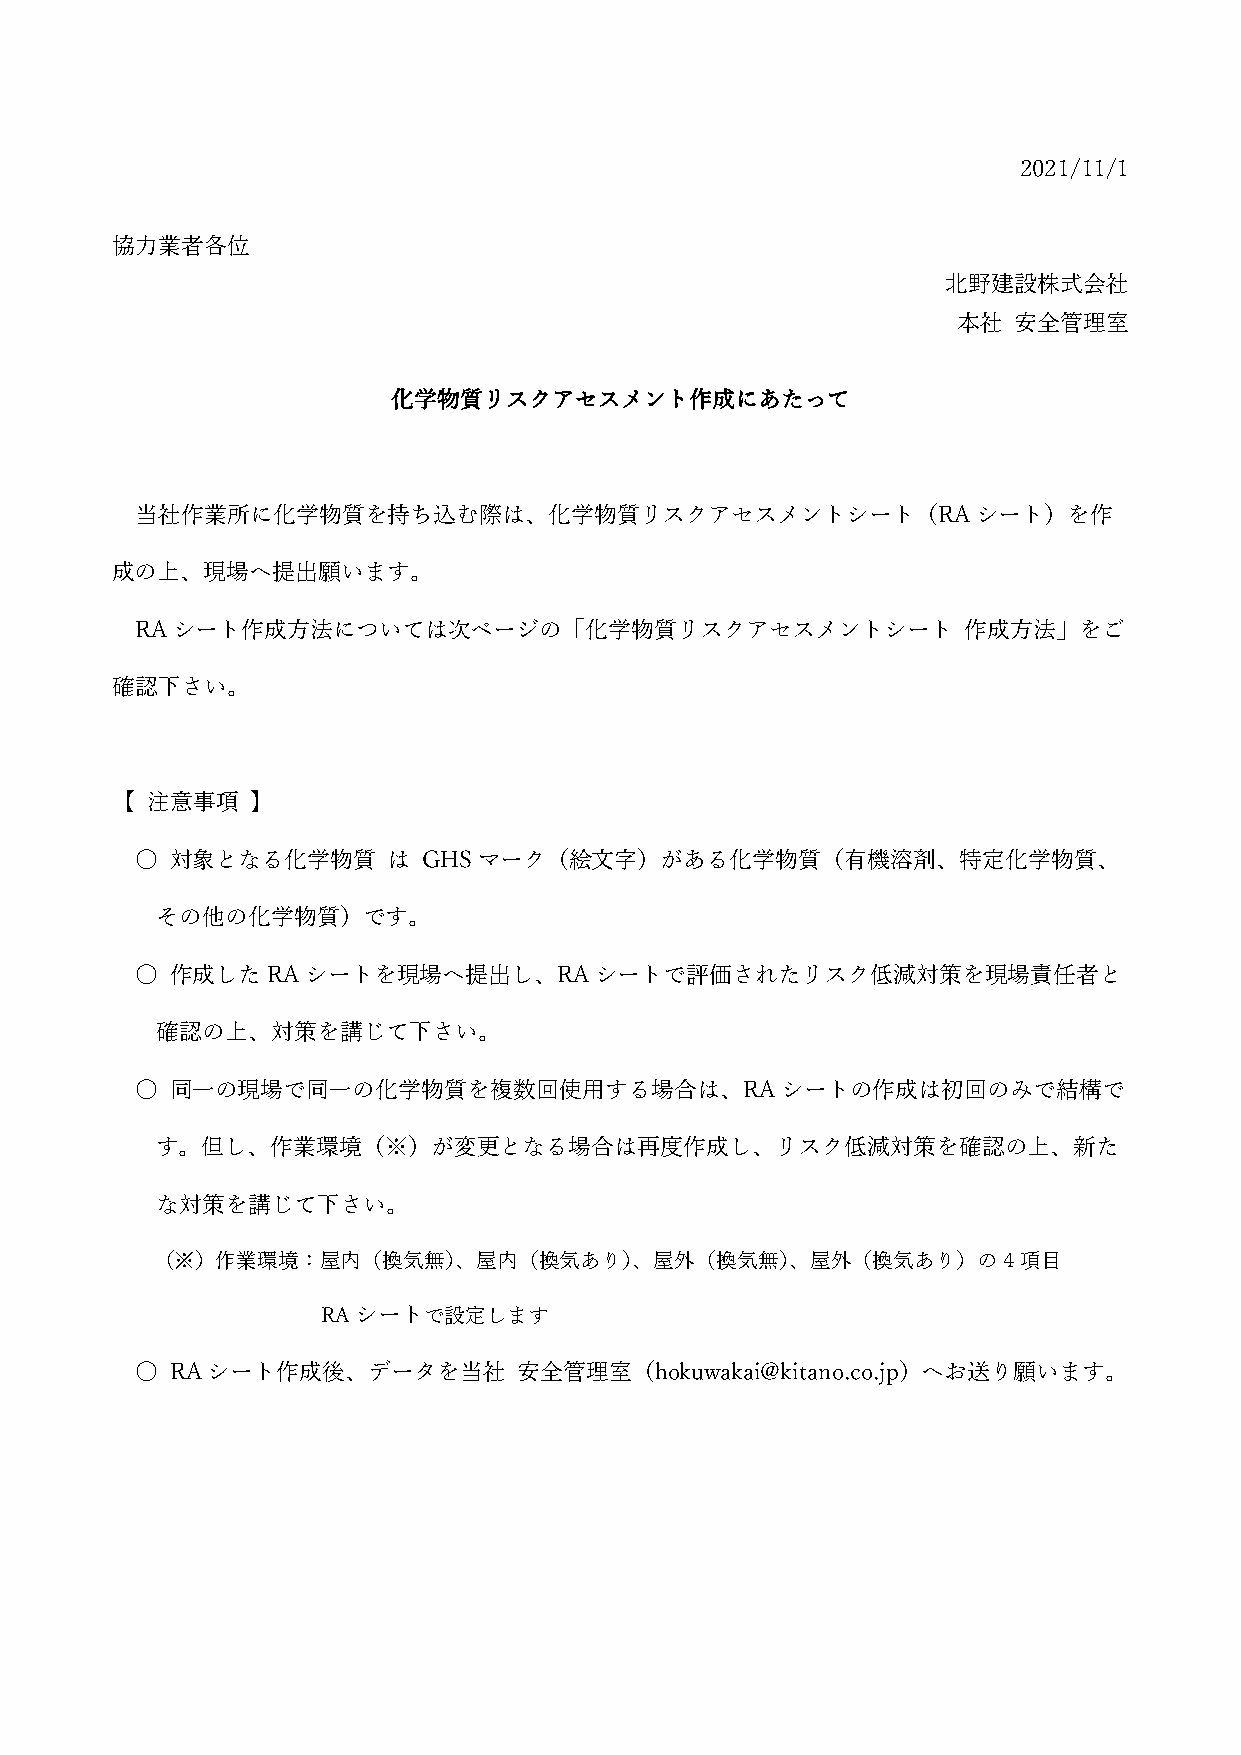
2021/11/1
 協力業者各位
 北野建設株式会社
 本社  安全管理室
 化学物質リスクアセスメント作成にあたって
 当社作業所に化学物質を持ち込む際は、化学物質リスクアセスメントシート（RAシート）を作
 成の上、現場へ提出願います。
 RAシート作成方法については次ページの「化学物質リスクアセスメントシート                   作成方法」をご
 確認下さい。
 【  注意事項   】
 ○ 対象となる化学物質      は GHSマーク（絵文字）がある化学物質（有機溶剤、特定化学物質、
 その他の化学物質）です。
 ○ 作成したRAシートを現場へ提出し、RAシートで評価されたリスク低減対策を現場責任者と
 確認の上、対策を講じて下さい。
 ○ 同一の現場で同一の化学物質を複数回使用する場合は、RAシートの作成は初回のみで結構で
 す。但し、作業環境（※）が変更となる場合は再度作成し、リスク低減対策を確認の上、新た
 な対策を講じて下さい。
 （※）作業環境：屋内（換気無）、屋内（換気あり）、屋外（換気無）、屋外（換気あり）の4項目
 RAシートで設定します
 ○ RAシート作成後、データを当社        安全管理室（hokuwakai@kitano.co.jp）へお送り願います。